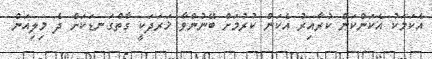
އެކަމަކު އެކަންކަން ކުރާއިރު އެކަން ކުރުމަށް ބޭނުންވާ ޚަރަދަކީ ގާތްގަނޑަކަށް ދެ މިލިއަން